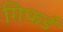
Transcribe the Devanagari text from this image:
गिफर्ड